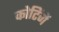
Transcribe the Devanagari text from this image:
कोटिंगें